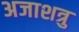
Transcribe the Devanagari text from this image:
अजाशत्रु